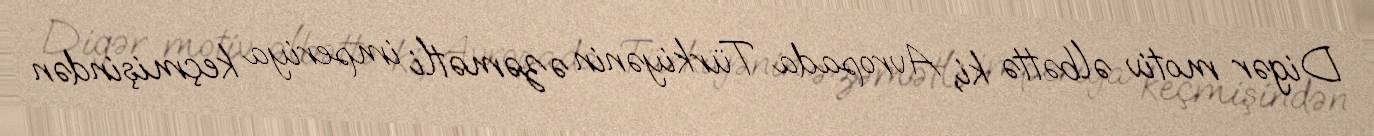
Digər motiv əlbəttə ki, Avropada Türkiyənin əzəmətli imperiya keçmişindən